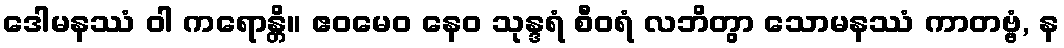
ဒေါမနဿံ ဝါ ကရောန္တိ။ ဧဝမေဝ နေဝ သုန္ဒရံ စီဝရံ လဘိတွာ သောမနဿံ ကာတဗ္ဗံ, န